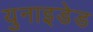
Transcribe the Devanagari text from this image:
युनाइडेड